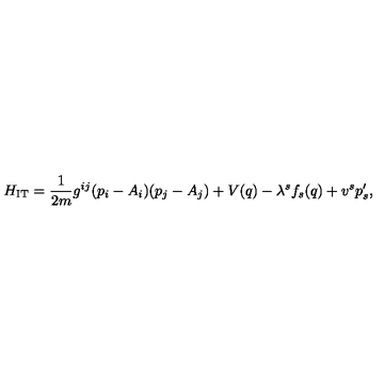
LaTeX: H _ { \mathrm { I T } } = \frac { 1 } { 2 m } g ^ { i j } ( p _ { i } - A _ { i } ) ( p _ { j } - A _ { j } ) + V ( q ) - \lambda ^ { s } f _ { s } ( q ) + v ^ { s } p _ { s } ^ { \prime } ,